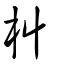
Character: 朻